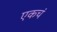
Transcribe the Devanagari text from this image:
एकचं